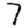
Digit: 7